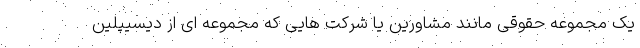
یک مجموعه حقوقی مانند مشاورین یا شرکت هایی که مجموعه ای از دیسیپلین